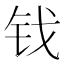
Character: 𫓨